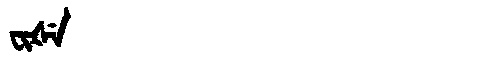
Manchu: ᠸᡳᡧᡝ
Romanization: FIŠE